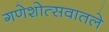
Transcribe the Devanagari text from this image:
गणेशोत्सवातले